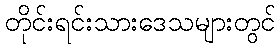
တိုင်းရင်းသားဒေသများတွင်